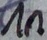
Text: 1n